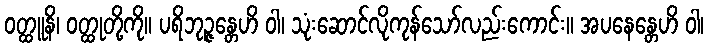
ဝတ္ထူနိ၊ ဝတ္ထုတို့ကို။ ပရိဘုဉ္ဇန္တေဟိ ဝါ၊ သုံးဆောင်လိုကုန်သော်လည်းကောင်း။ အပနေန္တေဟိ ဝါ၊